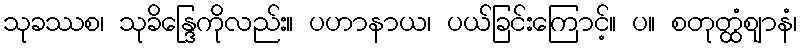
သုခဿစ၊ သုခိန္ဒြေကိုလည်း။ ပဟာနာယ၊ ပယ်ခြင်းကြောင့်။ ပ။ စတုတ္ထံဈာနံ၊